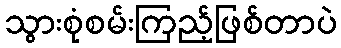
သွားစုံစမ်းကြည့်ဖြစ်တာပဲ